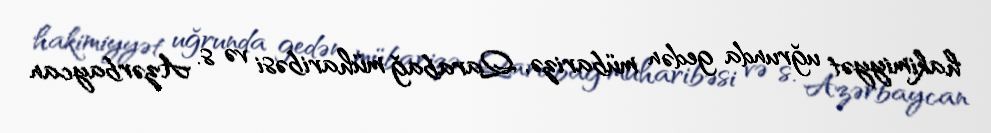
hakimiyyət uğrunda gedən mübarizə, Qarabağ müharibəsi və s. Azərbaycan